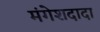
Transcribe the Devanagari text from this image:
मंगेशदादा